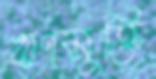
ঋণমুক্তি